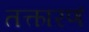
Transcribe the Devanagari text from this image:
तत्कारणं